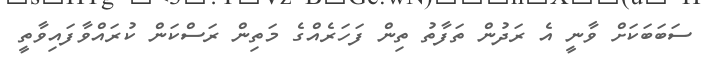
ސަބަބަކަށް ވާނީ އެ ރަދުން ތަފާތު ތިން ފަހަރެއްގެ މަތިން ރަސްކަން ކުރައްވާފައިވާތީ